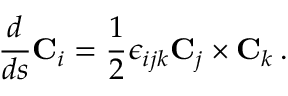
\frac { d } { d s } { \bf C } _ { i } = \frac { 1 } { 2 } \epsilon _ { i j k } { \bf C } _ { j } \times { \bf C } _ { k } \, .